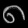
Digit: ၈